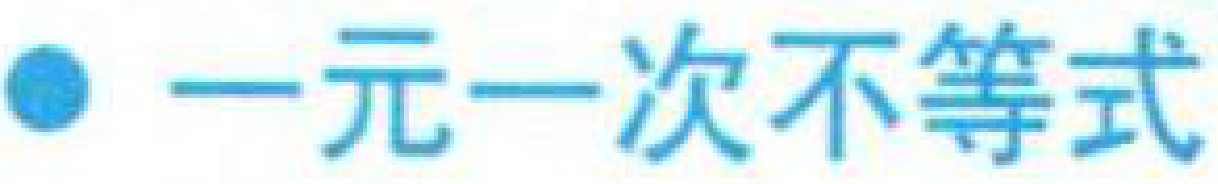
$\bullet$ 一元一次不等式